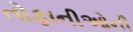
તોફાનીઓની